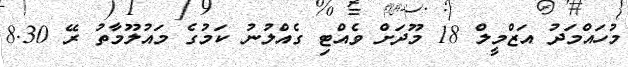
މުހައްމަދު އަޒްމީލް 18 މޫދަށް ވެއްޓި ގެއްލުނު ކަމުގެ މައުލޫމާތު ރޭ 8.30